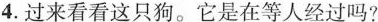
4.过来看看这只狗。它是在等人经过吗?